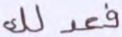
فعدلك